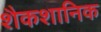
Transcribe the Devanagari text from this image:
शैकशानिक